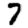
Digit: 7